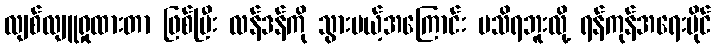
လျစ်လျူရှုထားတာ ဖြစ်ပြီး လန်ဒန်ကို သွားမယ့်အကြောင်း မသိရဘူးလို့ ရန်ကုန်အရေးပိုင်